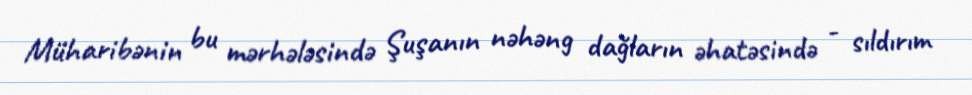
Müharibənin bu mərhələsində Şuşanın nəhəng dağların əhatəsində - sıldırım